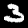
Digit: 3